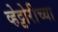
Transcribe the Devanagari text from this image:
व्हेट्टोरीच्या